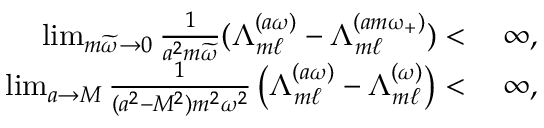
\begin{array} { r l } { \operatorname* { l i m } _ { m \widetilde { \omega } \to 0 } \frac { 1 } { a ^ { 2 } m \widetilde { \omega } } ( \Lambda _ { m \ell } ^ { ( a \omega ) } - \Lambda _ { m \ell } ^ { ( a m \upomega _ { + } ) } ) < } & { \: \infty , } \\ { \operatorname* { l i m } _ { a \to M } \frac { 1 } { ( a ^ { 2 } - M ^ { 2 } ) m ^ { 2 } \omega ^ { 2 } } \left( \Lambda _ { m \ell } ^ { ( a \omega ) } - \Lambda _ { m \ell } ^ { ( \omega ) } \right) < } & { \: \infty , } \end{array}